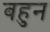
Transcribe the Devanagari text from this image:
बहुन